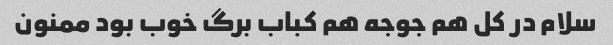
سلام در کل هم جوجه هم کباب برگ خوب بود ممنون